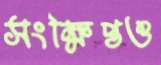
সংক্ষিপ্তও